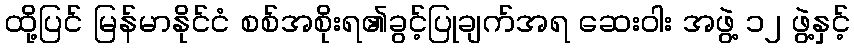
ထို့ပြင် မြန်မာနိုင်ငံ စစ်အစိုးရ၏ခွင့်ပြုချက်အရ ဆေးဝါး အဖွဲ့ ၁၂ ဖွဲ့နှင့်